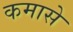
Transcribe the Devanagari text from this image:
कमासे